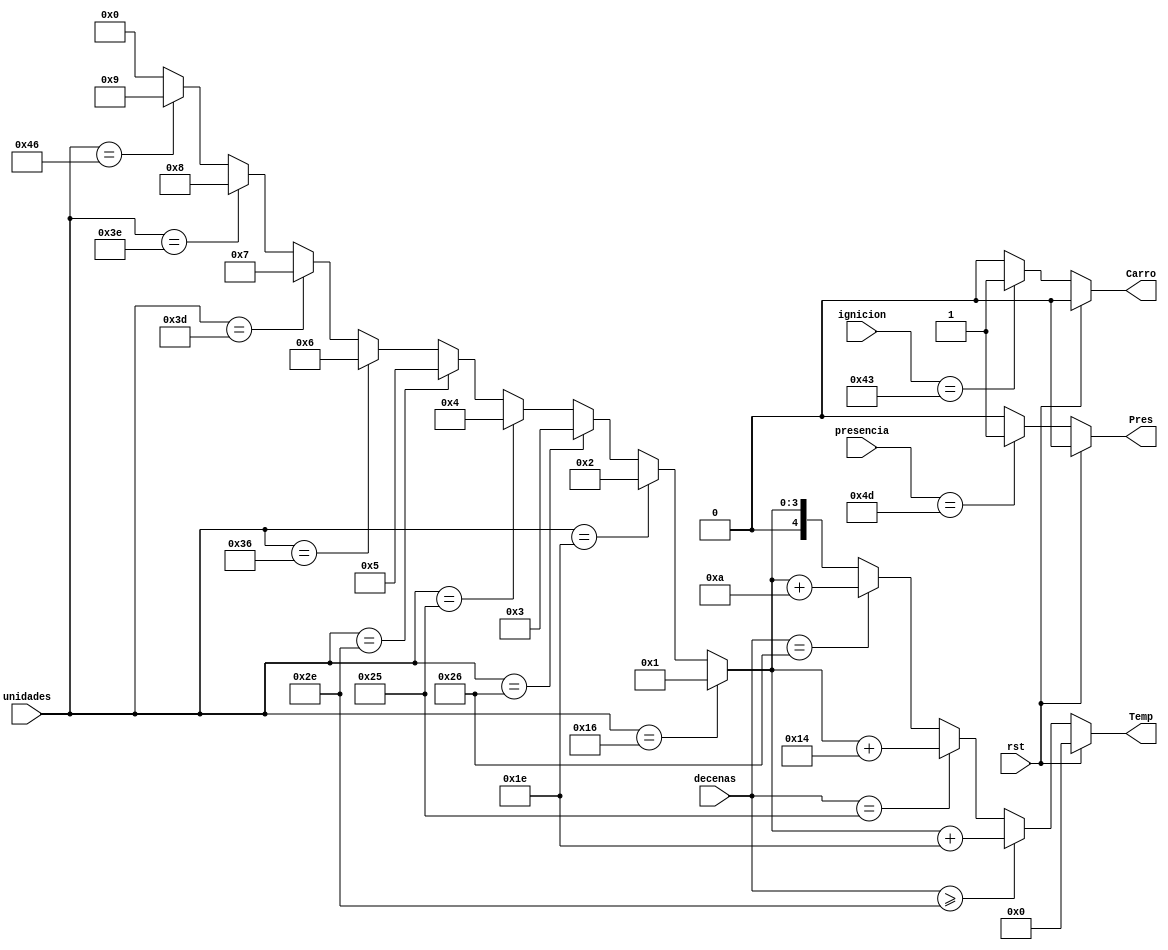
`timescale 1ns / 1ps
//////////////////////////////////////////////////////////////////////////////////
// Company: 
// Engineer: 
// 
// Design Name: 
// Module Name:    Decodificador_Datos 
// Project Name: 
// Target Devices: 
// Tool versions: 
// Description: 
//
// Dependencies: 
//
// Revision: 
// Revision 0.01 - File Created
// Additional Comments: 
//
//////////////////////////////////////////////////////////////////////////////////
module Decodificador_Datos(
	 input wire rst,
    input wire [7:0] decenas,
    input wire [7:0] unidades,
    input wire [7:0] presencia,
    input wire [7:0] ignicion,
    output reg [4:0] Temp,
    output reg Pres,
    output reg Carro
    );
reg [4:0] unidades_Decimal;

always @ *
	if(rst)
		begin
		Temp = 5'b0;
		Pres = 0;
		Carro =0;
		end
	else
		begin
		unidades_Decimal = (unidades ==8'h16)? 5'd1:
								 (unidades ==8'h1E)? 5'd2:
								 (unidades ==8'h26)? 5'd3:
								 (unidades ==8'h25)? 5'd4:
								 (unidades ==8'h2E)? 5'd5:
								 (unidades ==8'h36)? 5'd6:
								 (unidades ==8'h3D)? 5'd7:
								 (unidades ==8'h3E)? 5'd8:
								 (unidades ==8'h46)? 5'd9: 5'd0;
								 
		Pres = (presencia==8'h4D)? 1'b1:1'b0;
		Carro = (ignicion == 8'h43)? 1'b1 :1'b0;
		Temp = (decenas >= 8'h2E)? (unidades_Decimal+5'b11110):
				 (decenas == 8'h25)? (unidades_Decimal+5'b10100):
				 (decenas == 8'h26)? (unidades_Decimal+5'b01010): unidades_Decimal;
		end
endmodule